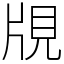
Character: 覑